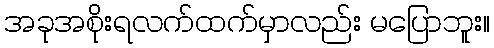
အခုအစိုးရလက်ထက်မှာလည်း မပြောဘူး။